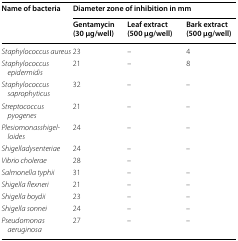
| <ROWSPAN=2> Name of bacteria | <COLSPAN=3> Diameter zone of inhibition in mm |
 | Gentamycin (30 μg/well) | Leaf extract (500 μg/well) | Bark extract (500 μg/well) |
 | --- | --- | --- | --- |
 | Staphylococcus aureus | 23 | – | 4 |
 | Staphylococcus epidermidis | 21 | – | 8 |
 | Staphylococcus saprophyticus | 32 | – | – |
 | Streptococcus pyogenes | 21 | – | – |
 | Plesiomonasshigelloides | 24 | – | – |
 | Shigelladysenteriae | 24 | – | – |
 | Vibrio cholerae | 28 | – |  |
 | Salmonella typhii | 31 | – | – |
 | Shigella flexneri | 21 | – | – |
 | Shigella boydii | 23 | – | – |
 | Shigella sonnei | 24 | – | – |
 | Pseudomonas aeruginosa | 27 | – | – |